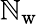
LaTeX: \mathbb{N}_{\mathrm{{w}}}